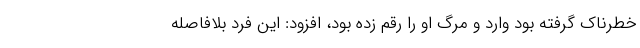
خطرناک گرفته بود وارد و مرگ او را رقم زده بود، افزود: این فرد بلافاصله